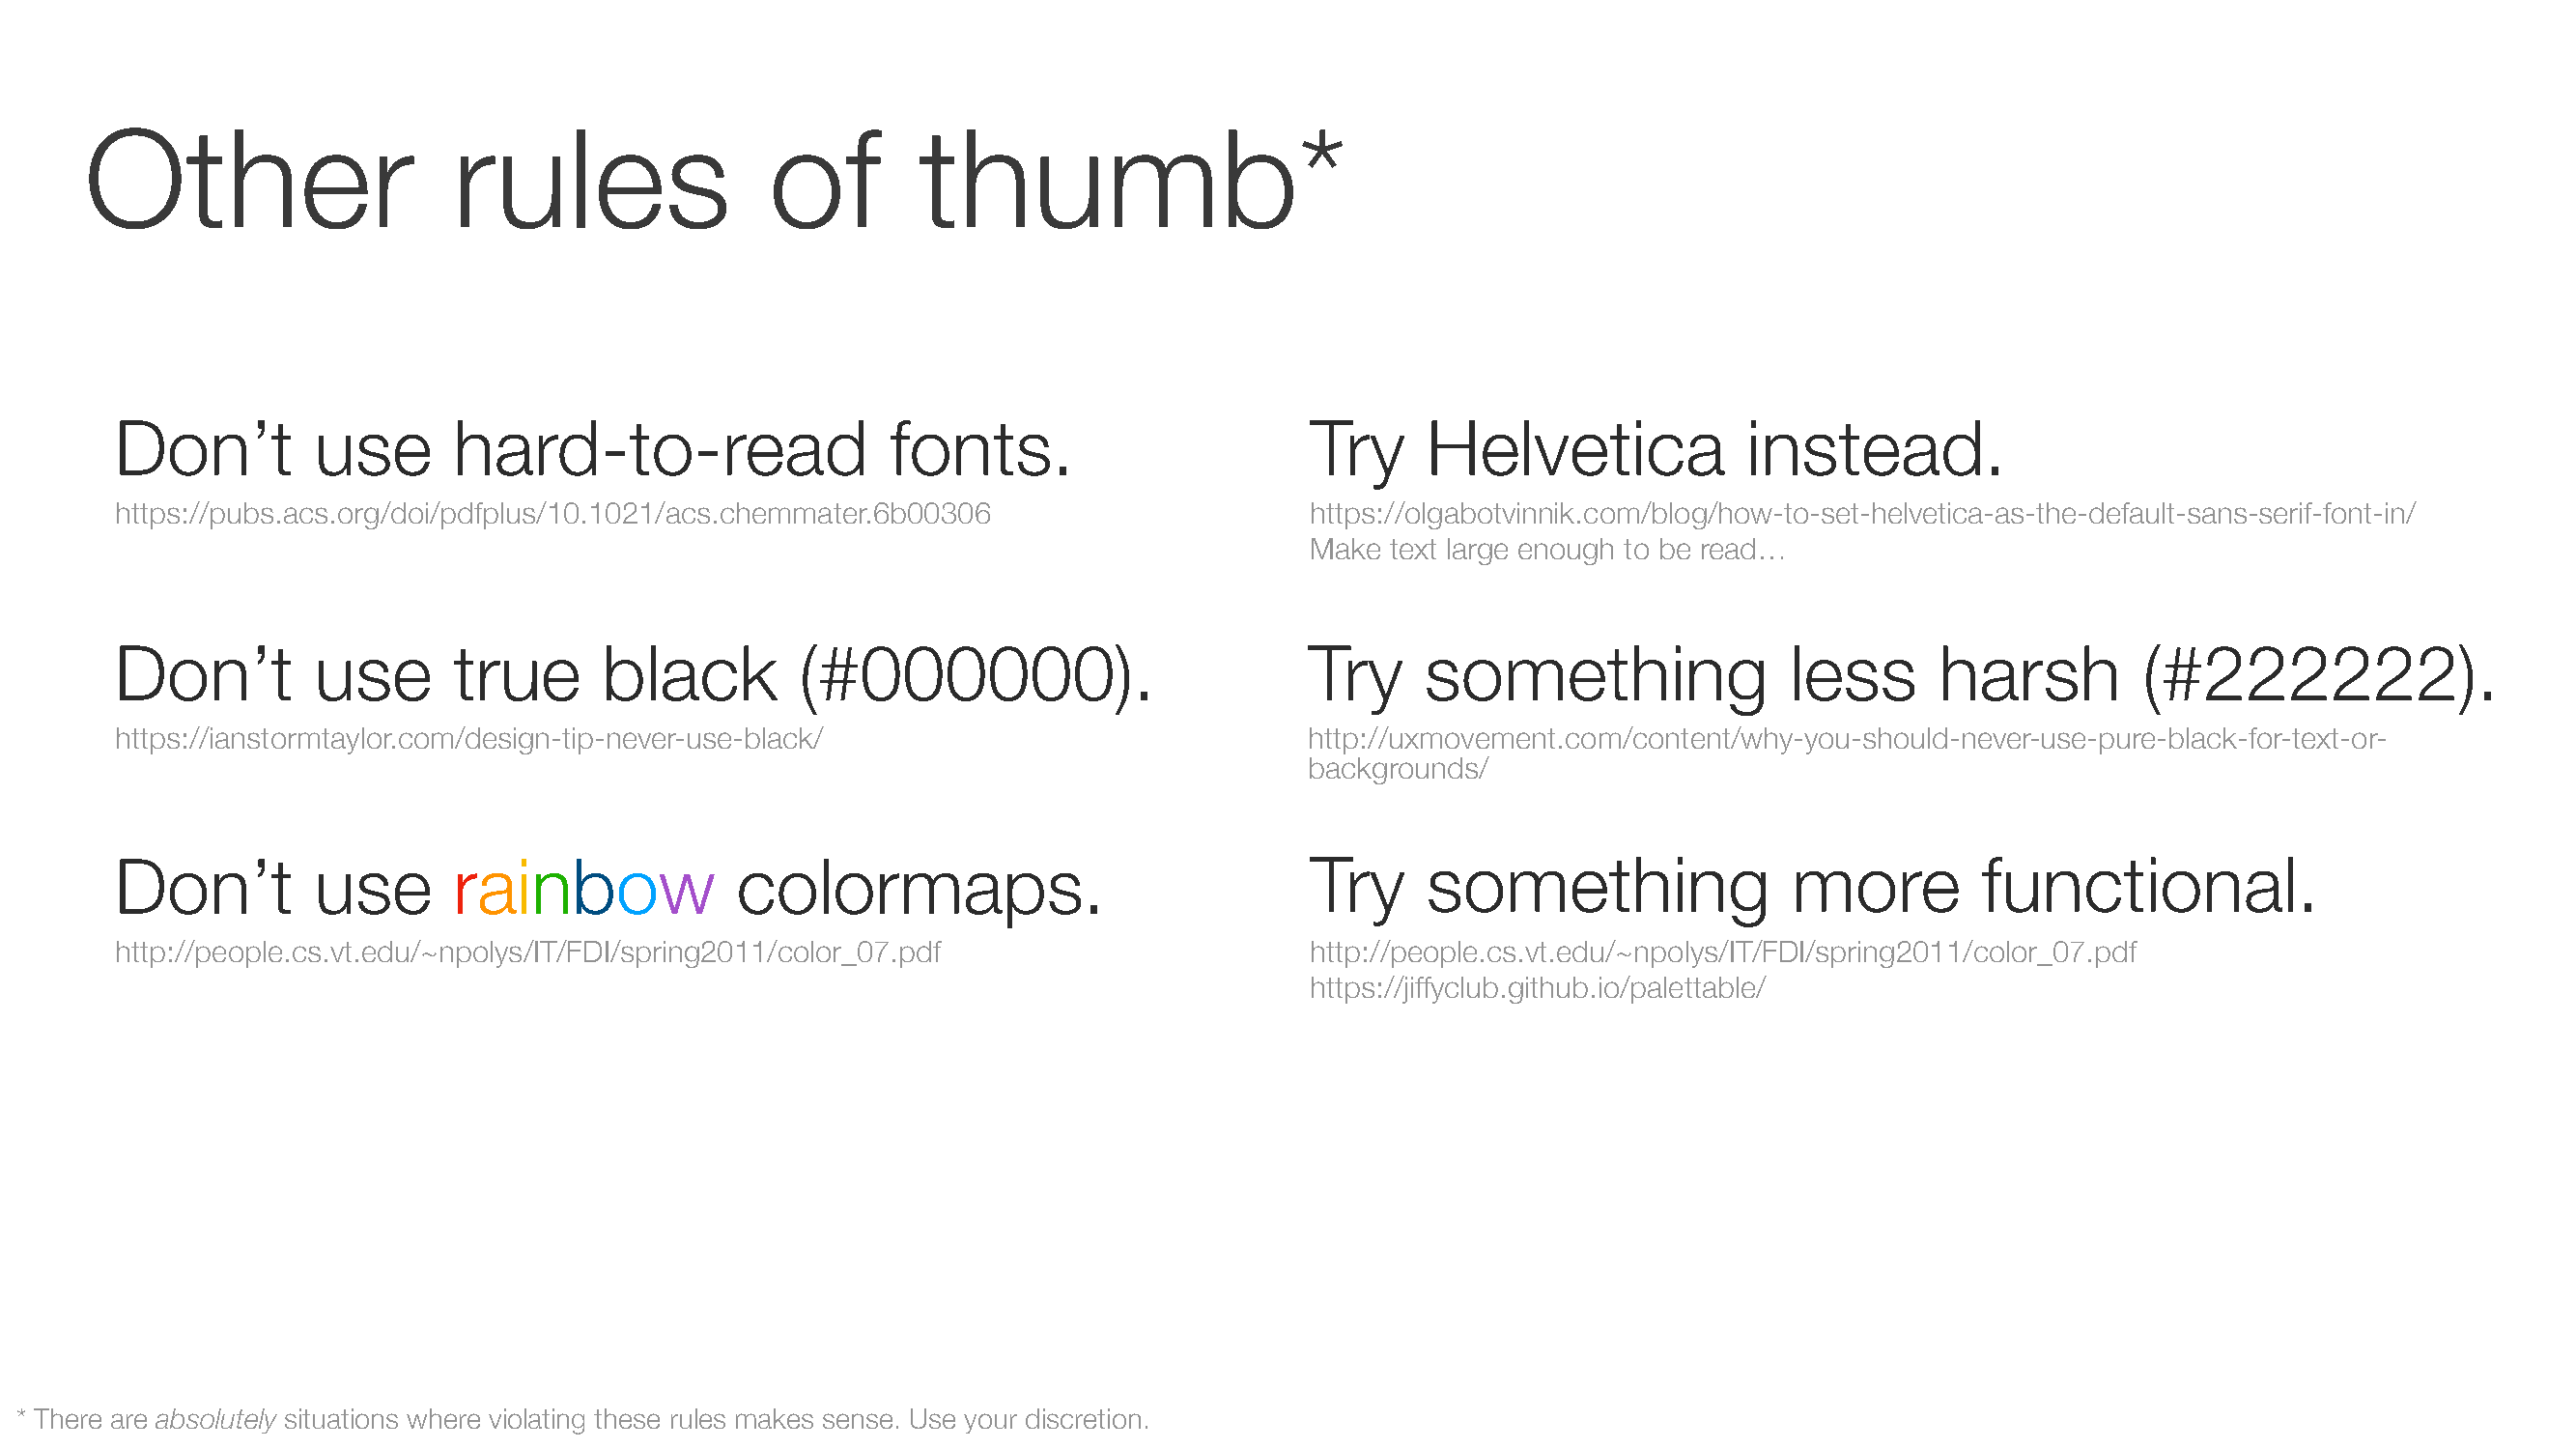
Other                    rules                 of        thumb*
 Don’t         use      hard-to-read                  fonts.                       Try     Helvetica             instead.
 https://pubs.acs.org/doi/pdfplus/10.1021/acs.chemmater.6b00306                    https://olgabotvinnik.com/blog/how-to-set-helvetica-as-the-default-sans-serif-font-in/
 Make text large enough to be read…
 Don’t         use      true      black         (#000000).                         Try     something                less      harsh         (#222222).
 https://ianstormtaylor.com/design-tip-never-use-black/                            http://uxmovement.com/content/why-you-should-never-use-pure-black-for-text-or-
 backgrounds/
 Don’t         use      rainbow            colormaps.                              Try     something                more         functional.
 http://people.cs.vt.edu/~npolys/IT/FDI/spring2011/color_07.pdf                    http://people.cs.vt.edu/~npolys/IT/FDI/spring2011/color_07.pdf
 https://jiffyclub.github.io/palettable/
 * There are absolutely situations where violating these rules makes sense. Use your discretion.